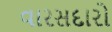
વારસદારો